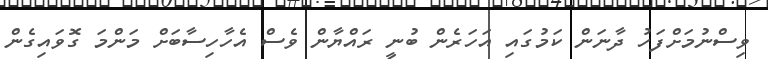
ވިސްނުމަށްފަހު ދާނަން ކަމުގައި އަހަރެން ބުނީ ރައްޔާން ވެސް އެހާހިސާބަށް މަންމަ ގޮވައިގެން